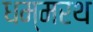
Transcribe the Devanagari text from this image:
धम्मरथ